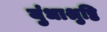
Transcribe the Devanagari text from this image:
युंधाश्रुष्ठि